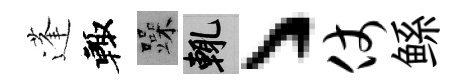
蓬輙躁輒丶仗鲧